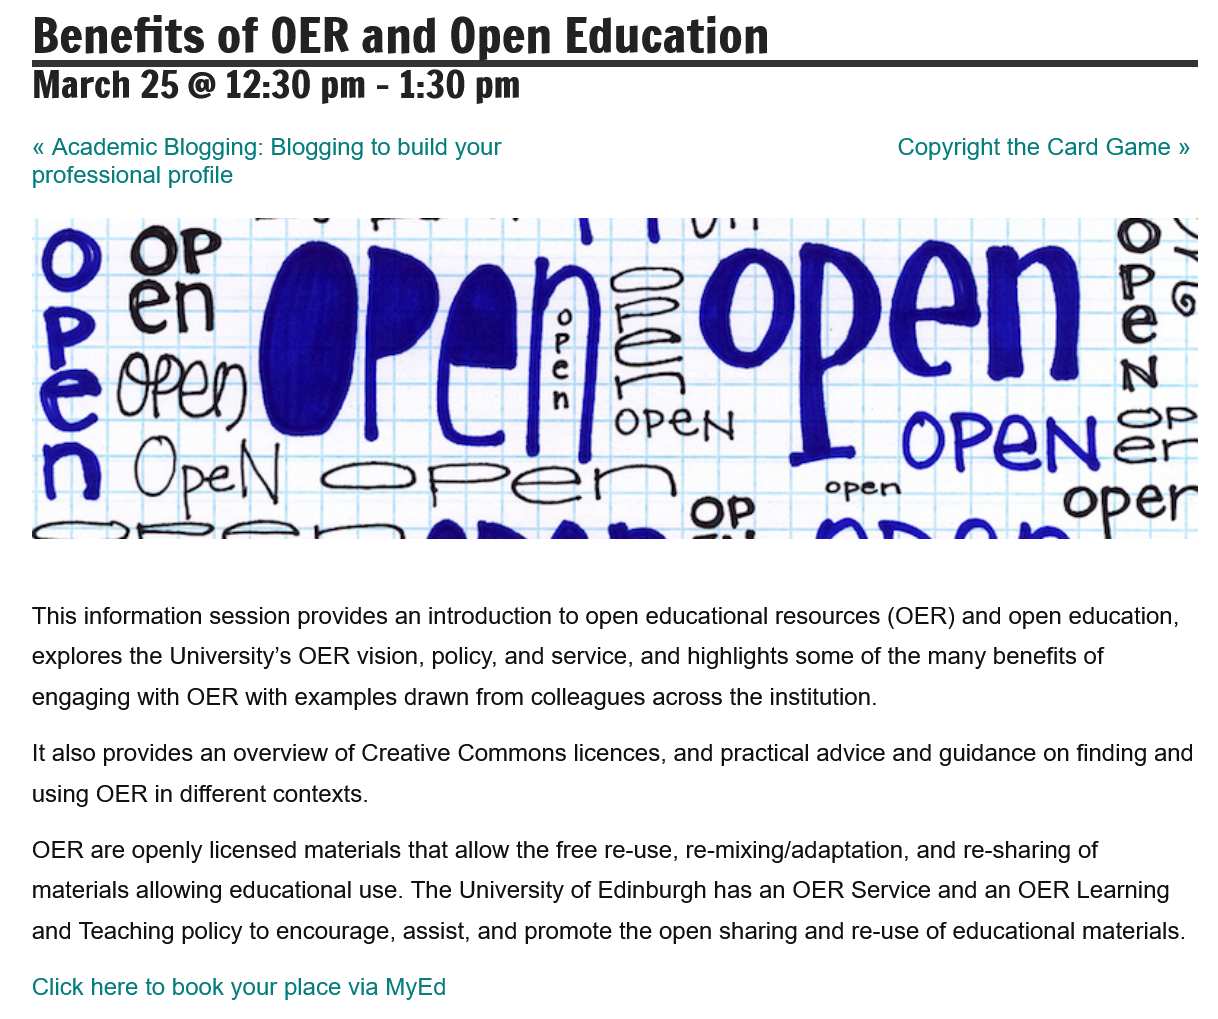
This information session provides an introduction to open educational resources (OER) and open education,
   explores the University’s OER vision, policy, and service, and highlights some of the many benefits of
   engaging with OER with examples drawn from colleagues across the institution.
   It also provides an overview of Creative Commons licences, and practical advice and guidance on finding and
   using OER in different contexts.
   OER are openly licensed materials that allow the free re-use, re-mixing/adaptation, and re-sharing of
   materials allowing educational use. The University of Edinburgh has an OER Service and an OER Learning
   and Teaching policy to encourage, assist, and promote the open sharing and re-use of educational materials.
   Click here to book your place via MyEd
   « Academic Blogging: Blogging to build your
   professional profile
   Benefits    of  OER    and    Open    Education
   March    25  @  12:30  pm
     -
     1:30  pm
     Copyright the Card Game »